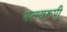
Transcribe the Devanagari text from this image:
मत्स्यरूपी